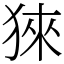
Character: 猍